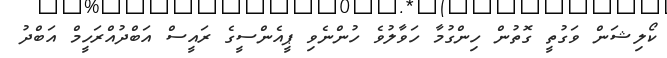
ކޯލިޝަން ވަގުތީ ގޮތުން ހިންގުމާ ހަވާލުވެ ހުންނެވި ޕީއެންސީގެ ރައީސް އަބްދުއްރަހީމް އަބްދު